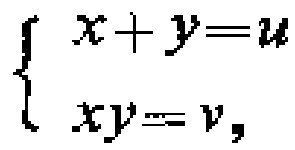
\[

\begin{cases}

x + y = u \\

xy = v,

\end{cases}

\]